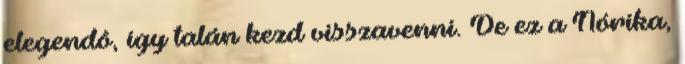
elegendô, így talán kezd visszavenni. De ez a Nórika,